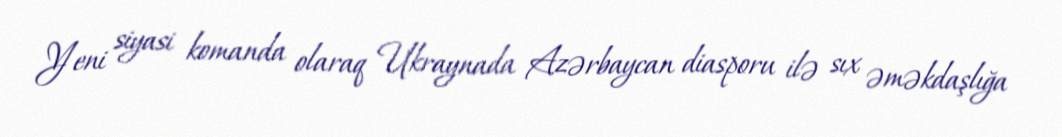
Yeni siyasi komanda olaraq Ukraynada Azərbaycan diasporu ilə sıx əməkdaşlığa